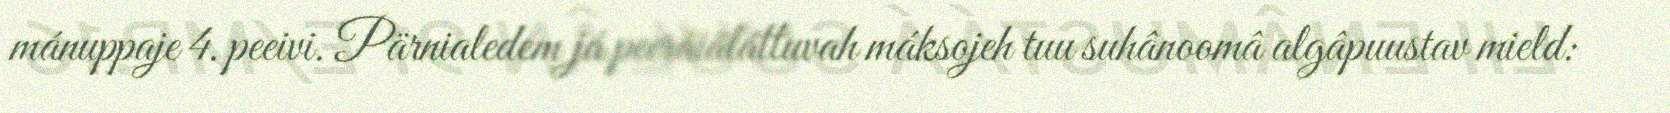
mánuppaje 4. peeivi. Pärnialedem já peerâiäláttuvah máksojeh tuu suhânoomâ algâpuustav mield: